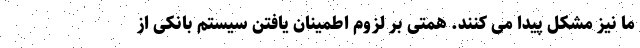
ما نیز مشکل پیدا می کنند. همتی بر لزوم اطمینان یافتن سیستم بانکی از